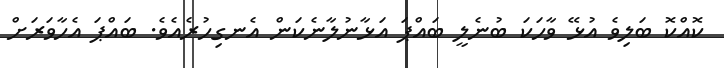
ކޮއްކޮ ބަލިވެ އުޅޭ ވާހަކަ ބުނެލީ ބައްޕަ އަޅާނުލާނެކަން އެނގިހުރެއެވެ. ބައްޕަ އެހާވަރަށް